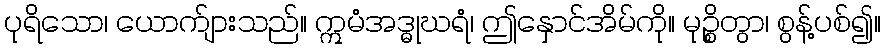
ပုရိသော၊ ယောက်ျားသည်။ ဣမံအဒ္ဓုဃရံ၊ ဤနှောင်အိမ်ကို။ မုဉ္စိတွာ၊ စွန့်ပစ်၍။